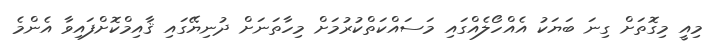
މިއީ މިގޮތަށް ގިނަ ބަޔަކު އެއްހޯލެއްގައި މަސައްކަތްކުރުމަށް މިހާތަނަށް ދުނިޔޭގައި ޤާއިމްކޮށްފައިވާ އެންމެ